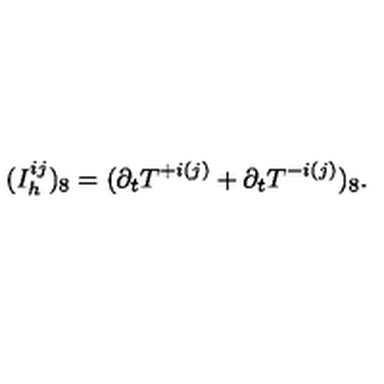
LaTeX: ( I _ { h } ^ { i j } ) _ { 8 } = ( \partial _ { t } T ^ { + i ( j ) } + \partial _ { t } T ^ { - i ( j ) } ) _ { 8 } .